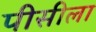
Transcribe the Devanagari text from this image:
पीसीला